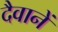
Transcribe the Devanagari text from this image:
दैवानें